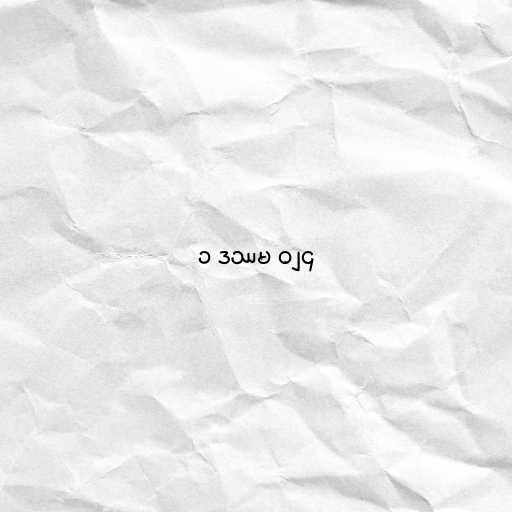
၁ ဒဿမ ၀၂၄